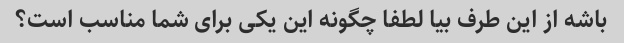
باشه از این طرف بیا لطفا چگونه این یکی برای شما مناسب است؟